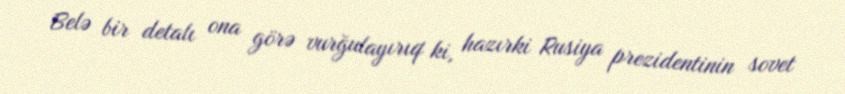
Belə bir detalı ona görə vurğulayırıq ki, hazırki Rusiya prezidentinin sovet